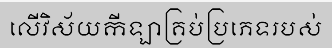
លើវិស័យកីឡាគ្រប់ប្រភេទរបស់